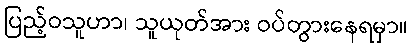
ပြည့်ဝသူဟာ၊ သူယုတ်အား ဝပ်တွားနေရမှာ။